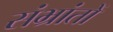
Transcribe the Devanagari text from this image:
संभ्रांतों